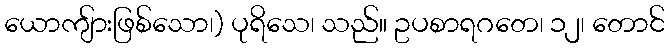
ယောကျ်ားဖြစ်သော၊) ပုရိသေ၊ သည်။ ဥပစာရဂတေ၊ ၁၂၊ တောင်